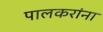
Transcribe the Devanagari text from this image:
पालकरांना